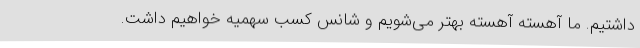
داشتیم. ما آهسته آهسته بهتر می‌شویم و شانس کسب سهمیه خواهیم داشت.